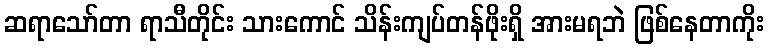
ဆရာသော်တာ ရာသီတိုင်း သားကောင် သိန်းကျပ်တန်ဖိုးရှိ အားမရဘဲ ဖြစ်နေတာကိုး